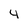
Character: 4